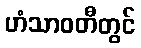
ဟံသာဝတီတွင်